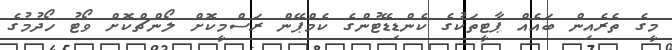
މީގެ ތެރެއިން ބައެއް ޕާޓީތަކުގެ ކެންޑިޑޭޓުންގެ ކެމްޕޭން ރަސްމީކޮށް ލޯންޗްކޮށް ވޯޓު ހޯދުމުގެ